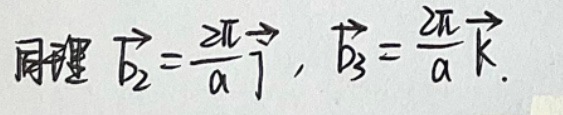
同理 \(\vec{b}_{2}=\frac{2 \pi}{a} \vec{j}\)，\(\vec{b}_{3}=\frac{2 \pi}{a} \vec{k}\)。